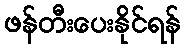
ဖန်တီးပေးနိုင်ရန်